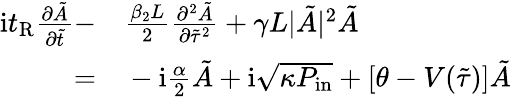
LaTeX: \begin{array}{rl}{\mathrm{i}t_{\mathrm{R}}\frac{\partial\tilde{A}}{\partial\tilde{t}}-}&{{}\frac{\beta_{2}L}{2}\frac{\partial^{2}\tilde{A}}{\partial\tilde{\tau}^{2}}+\gamma L|\tilde{A}|^{2}\tilde{A}}\\ {=}&{{}-\mathrm{i}\frac{\alpha}{2}\tilde{A}+\mathrm{i}\sqrt{\kappa P_{\mathrm{in}}}+[\theta-V(\tilde{\tau})]\tilde{A}}\end{array}